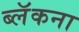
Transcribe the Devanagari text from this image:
ब्लॅकना